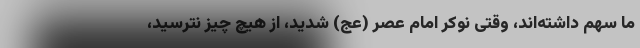
ما سهم داشته‌اند، وقتی نوکر امام عصر (عج) شدید، از هیچ چیز نترسید،